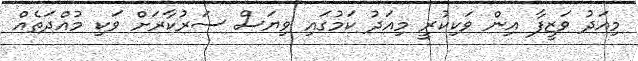
މިއަދު ވަޒީފާ އިން ވަކިކުރީ މިއަދު ކަމުގައި ވިޔަސް ސަރުކާރަށް ވަކި މުއްދަތެއް